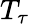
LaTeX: T_{\tau}